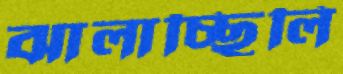
ঝালাচ্ছিলি